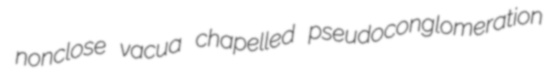
nonclose vacua chapelled pseudoconglomeration